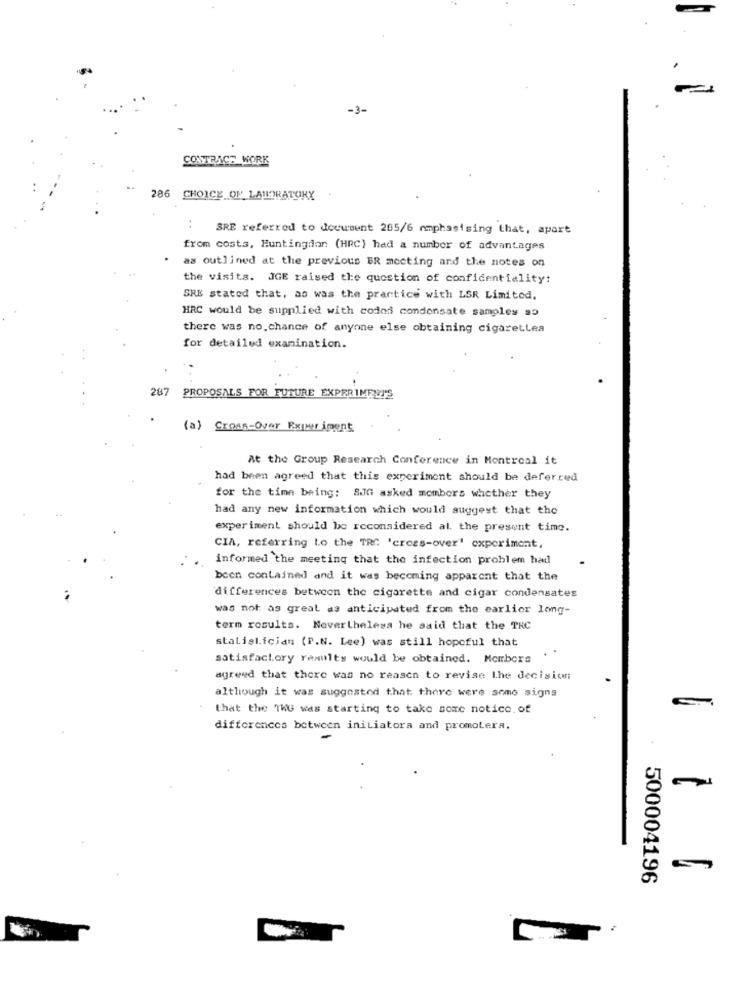
-3-
CONTRACT WORK
286 CHOICE OF LABORATORY
SRE referred to document 265/6 mmphasising that, apare
from costs, Huntingdan (HRC) had a number of advantages
as outlined at the previous ER mocting and the notes on
the visits. JGE raised the question of confidentiality:
SHE stated that, as was the practice with LSR Limited,
HRC would be supplied with codos condensate samples so
there was no.chance of anyone else obtaining cigarettea
for detailed examination.
287
PROPOSALS FOR FUTURE EXPERIMENT'S
(a) Cross-Over Experiment
At the Group Research Conference in Montreal it
had been agreed that this experiment should be deferred
for the time being: SJG asked mombors whether they
had any new information which would suggest that the
experiment should be reconsidered al, the present time.
CIA, referring Lo the TRC 'cross-over' experiment,
informed the meeting that the infection problem had
been contained and it was becoming apparent that the
differences between the cigarette and cigar condensates
was not as great as anticipated from the earlier long-
term results. Nevertheless he said that the TRC
statistician (P.N. Lee) was still hopeful that
. .
satisfactory results would be obtained. Mombors
agreed that there was no reason to revise The decision
although it was suggested that there were some signs
that the ThG was starting to take some notice. of
differences between initiatora and promoters.
500004196